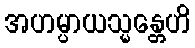
အဟမ္ပာယသ္မန္တေဟိ